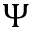
\Psi